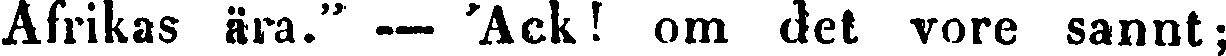
Afrikas ära." — 'Ack! om det vore sannt;